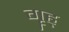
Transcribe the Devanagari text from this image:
गॄह्